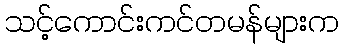
သင့်ကောင်းကင်တမန်များက